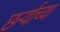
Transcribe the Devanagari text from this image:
छर्ऱ्याच्या